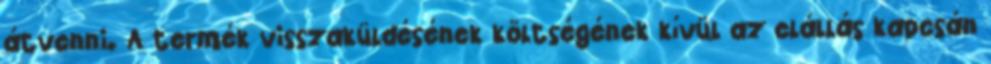
átvenni. A termék visszaküldésének költségének kívül az elállás kapcsán